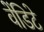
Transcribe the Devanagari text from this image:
वेंडिटे